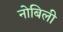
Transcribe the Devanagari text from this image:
नोबिली